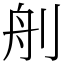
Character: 𦨉